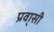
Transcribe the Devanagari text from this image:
प्रवा्सी